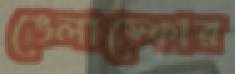
ভেলাস্কোর